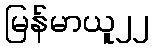
မြန်မာယူ၂၂